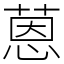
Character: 蒽